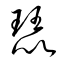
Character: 琵